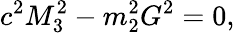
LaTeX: c^{2}M_{3}^{2}-m_{2}^{2}G^{2}=0,